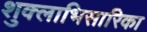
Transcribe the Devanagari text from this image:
शुक्लाभिसारिका